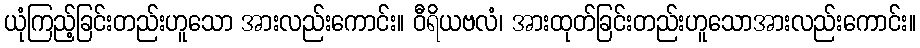
ယုံကြည့်ခြင်းတည်းဟူသော အားလည်းကောင်း။ ဝီရိယဗလံ၊ အားထုတ်ခြင်းတည်းဟူသောအားလည်းကောင်း။